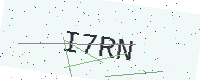
Text: I7RN